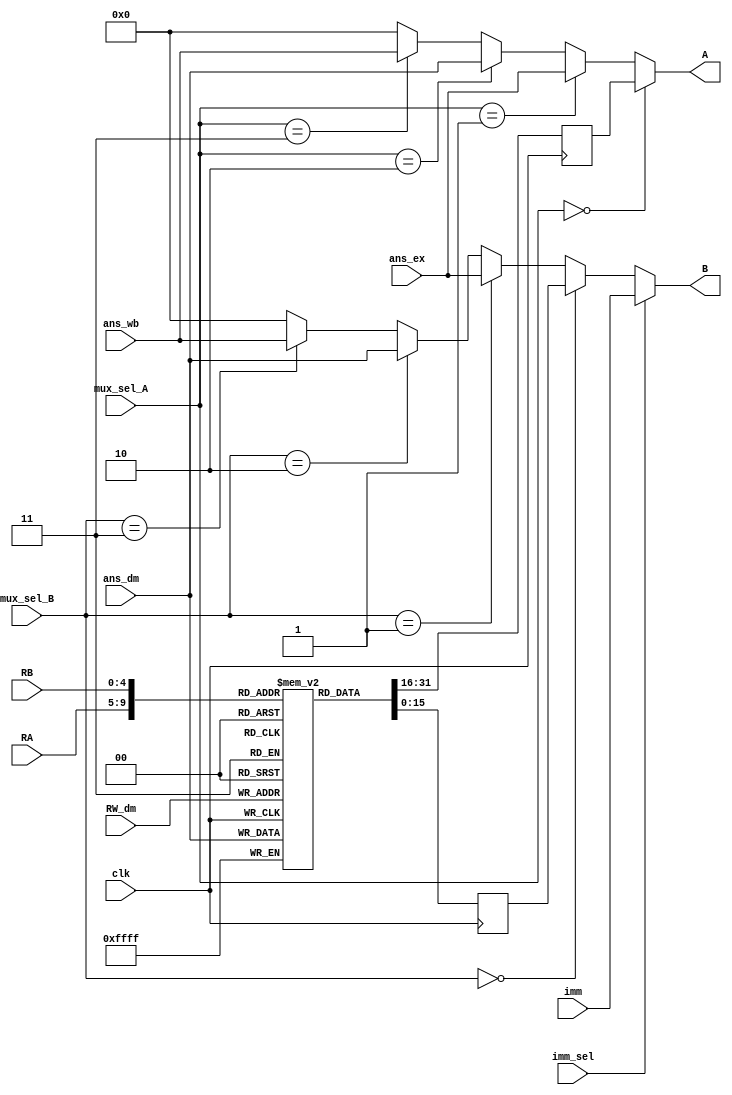
`timescale 1ns / 1ps
//////////////////////////////////////////////////////////////////////////////////
// Company: 
// Engineer: 
// 
// Design Name: 
// Module Name:    Register_Bank_Block 
// Project Name: 
// Target Devices: 
// Tool versions: 
// Description: 
//
// Dependencies: 
//
// Revision: 
// Revision 0.01 - File Created
// Additional Comments: 
//
//////////////////////////////////////////////////////////////////////////////////
module Register_Bank_Block(ans_ex,ans_wb,imm,mux_sel_A,mux_sel_B,imm_sel,RA,RB,RW_dm,clk,ans_dm,A,B
    );
	 
input [4:0] RA,RB,RW_dm;
input clk,imm_sel;
input[1:0]mux_sel_A,mux_sel_B;
input [15:0] ans_dm,ans_ex,ans_wb,imm;
output [15:0]A,B;
reg [15:0] AR,BR;
wire [15:0] BI;

reg [15:0] register [31:0];  //creating register bank using 2D array

always@(posedge clk)
begin
	register[RW_dm]<=ans_dm;            // assigning value of ans_dm in register
	AR <= register[RA];  //fetching value at address RA
	BR <= register[RB];  //fetching value at address RB

end



assign A = (mux_sel_A==2'b00)?AR:(mux_sel_A==2'b01)?ans_ex:(mux_sel_A==2'b10)?ans_dm:(mux_sel_A==2'b11)?ans_wb:1'b0;//multiplexer for selecting A
assign BI = (mux_sel_B==2'b00)?BR:(mux_sel_B==2'b01)?ans_ex:(mux_sel_B==2'b10)?ans_dm:(mux_sel_B==2'b11)?ans_wb:1'b0;   //multiplexer for selecting BI

assign B = (imm_sel==0)?BI:imm; //multiplexer for selecting B or imm

endmodule